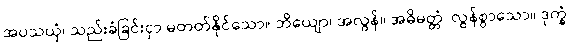
အပသယှံ၊ သည်းခံခြင်းငှာ မတတ်နိုင်သော။ ဘိယျော၊ အလွန်။ အဓိမတ္တံ၊ လွန်စွာသော။ ဒုက္ခံ၊